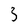
Character: 3